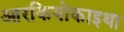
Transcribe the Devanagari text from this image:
आरकियोकाइथा